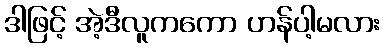
ဒါဖြင့် အဲ့ဒီလူကကော ဟန်ပါ့မလား